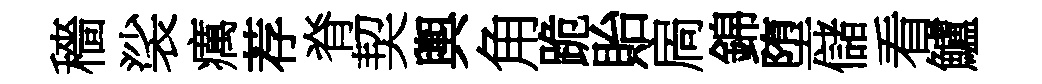
穡裟癘荐脊契輿角跪貽扄錦堕儲看鱸